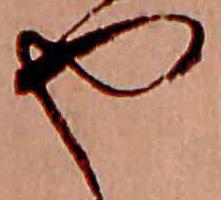
や